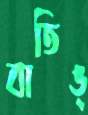
বাতিঙ্